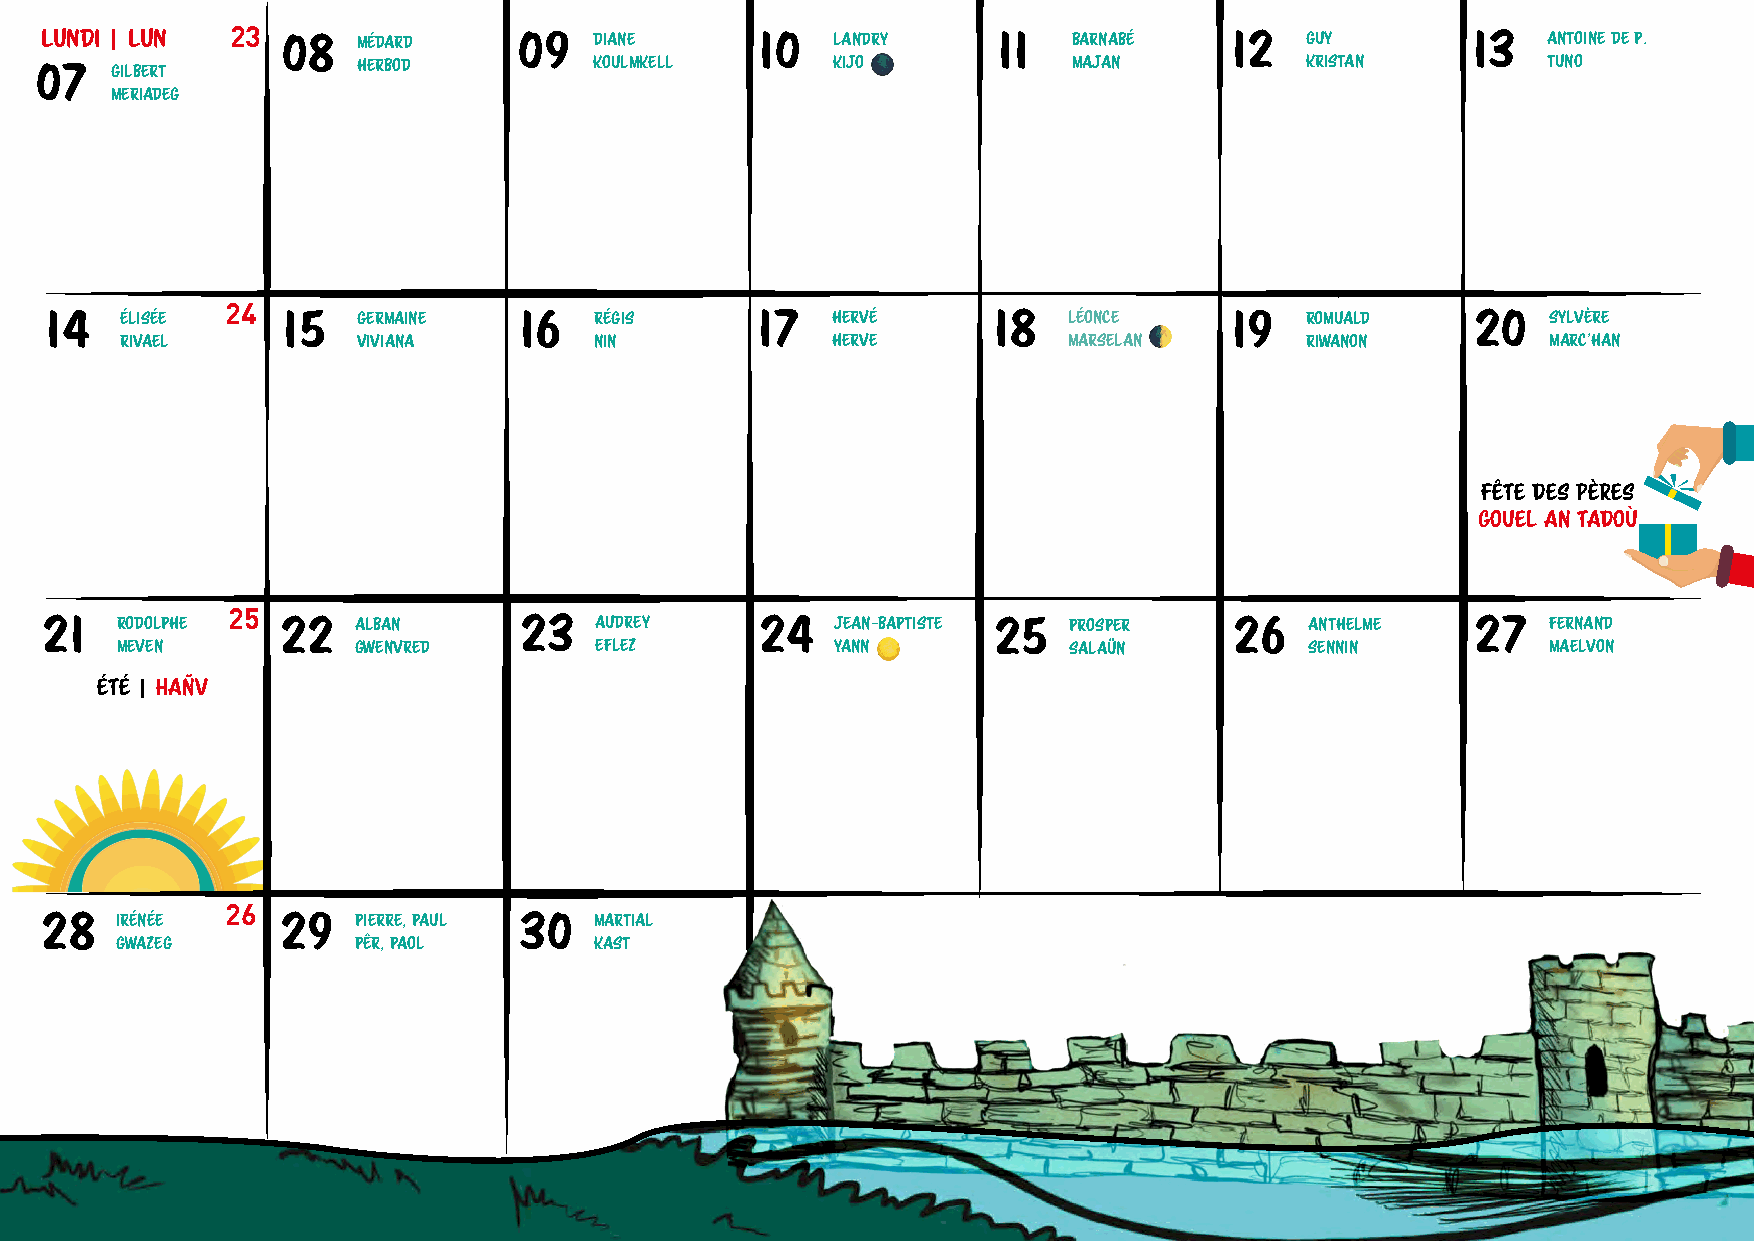
lundi | lun
 23
 08   MÉDARD    09   DIANE      10   LANDRY     11   BARNABÉ   12   GUY        13   ANTOINE DE P.
 07   GILBERT          HERBOD         KOULMKELL       KIJO 🌑          MAJAN          KRISTAN         TUNO
 MERIADEG
 24
 14   ÉLISÉE     15   GERMAINE  16   RÉGIS      17   HERVÉ      18   LÉONCE    19   ROMUALD     20   SYLVÈRE
 🌓
 RIVAEL          VIVIANA        NIN             HERVE           MARSELAN       RIWANON          MARC’HAN
 FÊTE DES PÈRES
 GOUEL AN TADOÙ
 25
 21   RODOLPHE   22  ALBAN      23   AUDREY     24   JEAN-BAPTISTE 25 PROSPER   26   ANTHELME   27   FERNAND
 MEVEN          GWENVRED        EFLEZ           YANN 🌕          SALAÜN          SENNIN          MAELVON
 ÉTÉ | HAÑV
 26
 28   IRÉNÉE     29   PIERRE, PAUL 30 MARTIAL
 GWAZEG          PÊR, PAOL      KAST